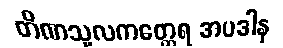
တိဏသူလကတ္ထေရ အပဒါန